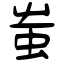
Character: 蚩